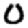
Digit: 0